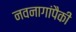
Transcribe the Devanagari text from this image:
नवनागांपैकी